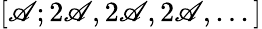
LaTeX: [\mathscr{A};2\mathscr{A},2\mathscr{A},2\mathscr{A},...]